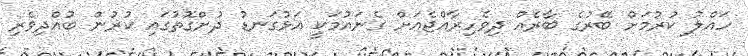
ހައްލު ކުރުމަށް ބޭރުގެ ބާރެއް ދިވެހިރާއްޖެއަށް ގެނައުމަކީ އަޅުގަނޑު ދުށްގޮތުގައި ކުރުން ބުއްދިވެރި